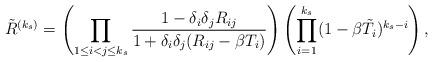
LaTeX: \begin{align*} \tilde R^{(k_s)} = \left( \prod_{1\leq i<j\leq k_s} \frac{1-\delta_i\delta_j R_{ij}}{1+\delta_i \delta_j (R_{ij}-\beta T_i)}\right) \left(\prod_{i=1}^{k_s} (1-\beta\tilde T_i)^{k_s-i} \right),\end{align*}